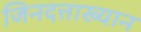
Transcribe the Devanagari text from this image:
जिनदत्ताख्यान